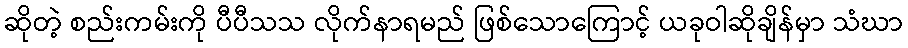
ဆိုတဲ့ စည်းကမ်းကို ပီပီသသ လိုက်နာရမည် ဖြစ်သောကြောင့် ယခုဝါဆိုချိန်မှာ သံဃာ